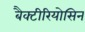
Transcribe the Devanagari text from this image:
बैक्टीरियोसिन